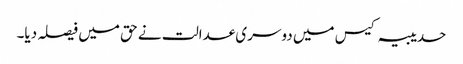
حدیبیہ کیس میں دوسری عدالت نے حق میں فیصلہ دیا۔